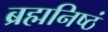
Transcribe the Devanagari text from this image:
ब्रह्मनिष्ठं